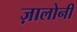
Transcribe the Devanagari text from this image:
ज़ालोनी